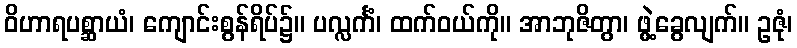
ဝိဟာရပစ္ဆာယံ၊ ကျောင်းစွန်ရိပ်၌။ ပလ္လင်္ကံ၊ ထက်ဝယ်ကို။ အာဘုဇိတွာ၊ ဖွဲ့ခွေလျက်။ ဥဇုံ၊